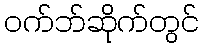
ဝက်ဘ်ဆိုက်တွင်